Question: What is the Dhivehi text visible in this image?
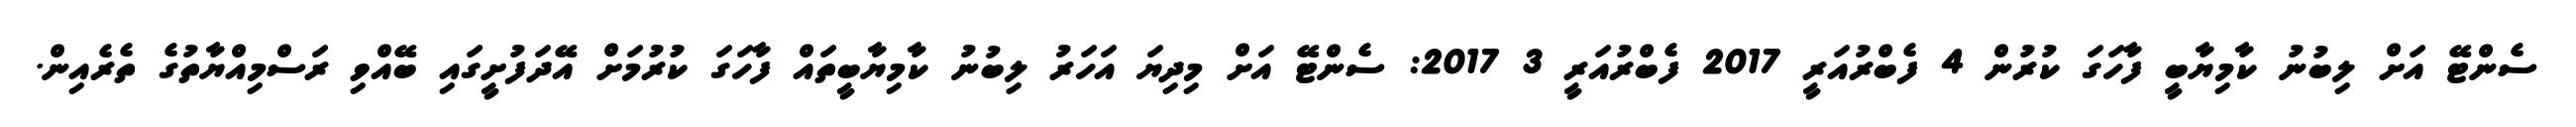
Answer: ސެންޓޭ އަށް ލިބުނު ކާމިޔާބީ ފާހަގަ ކުރުން 4 ފެބްރުއަރީ 2017 ފެބްރުއަރީ 3 2017: ސެންޓޭ އަށް މިދިޔަ އަހަރު ލިބުނު ކާމިޔާބީތައް ފާހަގަ ކުރުމަށް އޭދަފުށީގައި ބޭއްވި ރަސްމިއްޔާތުގެ ތެރެއިން.